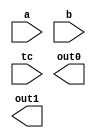

////////////////////////////////////////////////////////////////////////////////
//
//       This confidential and proprietary software may be used only
//     as authorized by a licensing agreement from Synopsys Inc.
//     In the event of publication, the following notice is applicable:
//
//                    (C) COPYRIGHT 1998  - 2009 SYNOPSYS INC.
//                           ALL RIGHTS RESERVED
//
//       The entire notice above must be reproduced on all authorized
//     copies.
//
//
// VERSION:   Verilog Simulation Model for DW02_multp
//
// DesignWare_version: 435bc2ed
// DesignWare_release: C-2009.06-DWBB_0906
//
////////////////////////////////////////////////////////////////////////////////



//-----------------------------------------------------------------------------
//
// ABSTRACT:  Multiplier, parital products
//
//    **** >>>>  NOTE:	This model is architecturally different
//			from the 'wall' implementation of DW02_multp
//			but will generate exactly the same result
//			once the two partial product outputs are
//			added together
//
// MODIFIED:
//
//              Aamir Farooqui 7/11/02
//              Corrected parameter simplied sim model, checking, and X_processing 
//
//------------------------------------------------------------------------------


module DW02_multp( a, b, tc, out0, out1 );


// parameters
parameter a_width = 8;
parameter b_width = 8;
parameter out_width = 18;

`define npp ((a_width/2) + 2)
`define xdim (a_width+b_width+1)
`define bsxt (a_width+1)

//-----------------------------------------------------------------------------
// ports
input [a_width-1 : 0]	a;
input [b_width-1 : 0]	b;
input			tc;
output [out_width-1:0]	out0, out1;



//-----------------------------------------------------------------------------
// synopsys translate_off

reg   [`xdim-1 : 0]     pp_array [0 : `npp-1];
reg   [`xdim-1 : 0]	tmp_OUT0, tmp_OUT1;
wire  [a_width+2 : 0]	a_padded;
wire  [`xdim-1 : 0]	b_padded;
wire  [`xdim-b_width-1 : 0]	temp_padded;
wire  			a_sign, b_sign, out_sign;

//-----------------------------------------------------------------------------

  
  initial begin : parameter_check
    integer param_err_flg;

    param_err_flg = 0;
    
    
    if (a_width < 1) begin
      param_err_flg = 1;
      $display(
	"ERROR: %m :\n  Invalid value (%d) for parameter a_width (lower bound: 1)",
	a_width );
    end
    
    if (b_width < 1) begin
      param_err_flg = 1;
      $display(
	"ERROR: %m :\n  Invalid value (%d) for parameter b_width (lower bound: 1)",
	b_width );
    end
    
    if (out_width < (a_width+b_width+2)) begin
      param_err_flg = 1;
      $display(
	"ERROR: %m :\n  Invalid value (%d) for parameter out_width (lower bound: (a_width+b_width+2))",
	out_width );
    end
  
    if ( param_err_flg == 1) begin
      $display(
        "%m :\n  Simulation aborted due to invalid parameter value(s)");
      $finish;
    end

  end // parameter_check

//-----------------------------------------------------------------------------

  assign a_sign = tc & a[a_width-1];
  assign b_sign = tc & b[b_width-1];
  assign a_padded = {a_sign, a_sign, a, 1'b0};
  assign temp_padded = {`bsxt{b_sign}};
  assign b_padded = {temp_padded, b};

  always @ (a_padded or b_padded)
  begin : mk_pp_array
    reg [`xdim-1 : 0] temp_pp_array [0 : `npp-1];
    reg [`xdim-1 : 0] next_pp_array [0 : `npp-1];
    reg [`xdim+3 : 0] temp_pp;
    reg [`xdim-1 : 0] new_pp;
    reg [`xdim-1 : 0] tmp_pp_carry;
    reg [a_width+2 : 0] temp_a_padded;
    reg [2 : 0] temp_bitgroup;
    integer bit_pair, pp_count, i;

    temp_pp_array[0] = {`xdim{1'b0}};

    for (bit_pair=0 ; bit_pair < `npp-1 ; bit_pair = bit_pair+1)
    begin
      temp_a_padded = (a_padded >> (bit_pair*2));
      temp_bitgroup = temp_a_padded[2 : 0];

      case (temp_bitgroup)
        3'b000, 3'b111 :
          temp_pp = {`xdim{1'b0}};
        3'b001, 3'b010 :
          temp_pp = b_padded;
        3'b011 :
          temp_pp = b_padded << 1;
        3'b100 :
          temp_pp = (~(b_padded << 1) + 1);
        3'b101, 3'b110 :
          temp_pp =  ~b_padded + 1;
        default : temp_pp = {`xdim{1'b0}};
      endcase

      temp_pp = temp_pp << (2 * bit_pair);
      new_pp = temp_pp[`xdim-1 : 0];
      temp_pp_array[bit_pair+1] = new_pp;
    end
    pp_count = `npp;

    while (pp_count > 2)
    begin
      for (i=0 ; i < (pp_count/3) ; i = i+1)
      begin
        next_pp_array[i*2] = temp_pp_array[i*3] ^ temp_pp_array[i*3+1] ^ temp_pp_array[i*3+2];

        tmp_pp_carry = (temp_pp_array[i*3] & temp_pp_array[i*3+1]) |
                       (temp_pp_array[i*3+1] & temp_pp_array[i*3+2]) |
                       (temp_pp_array[i*3] & temp_pp_array[i*3+2]);

        next_pp_array[i*2+1] = tmp_pp_carry << 1;
      end

      if ((pp_count % 3) > 0)
      begin
        for (i=0 ; i < (pp_count % 3) ; i = i + 1)
        next_pp_array[2 * (pp_count/3) + i] = temp_pp_array[3 * (pp_count/3) + i];
      end

      for (i=0 ; i < `npp ; i = i + 1) 
        temp_pp_array[i] = next_pp_array[i];

      pp_count = pp_count - (pp_count/3);
    end

    tmp_OUT0 <= temp_pp_array[0];

    if (pp_count > 1)
      tmp_OUT1 <= temp_pp_array[1];
    else
      tmp_OUT1 <= {`xdim{1'b0}};
  end // mk_pp_array


  assign out_sign = tmp_OUT0[`xdim-1] | tmp_OUT1[`xdim-1];
  assign out0 = ((^(a ^ a) !== 1'b0) | (^(b ^ b) !== 1'b0) | (^(tc ^ tc) !== 1'b0)) ? {out_width{1'bx}} 
                : {{out_width-`xdim{1'b0}}, tmp_OUT0};
  assign out1 = ((^(a ^ a) !== 1'b0) | (^(b ^ b) !== 1'b0) | (^(tc ^ tc) !== 1'b0)) ? {out_width{1'bx}} 
                : {{out_width-`xdim{out_sign}}, tmp_OUT1};

// synopsys translate_on
endmodule